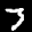
Label: 3